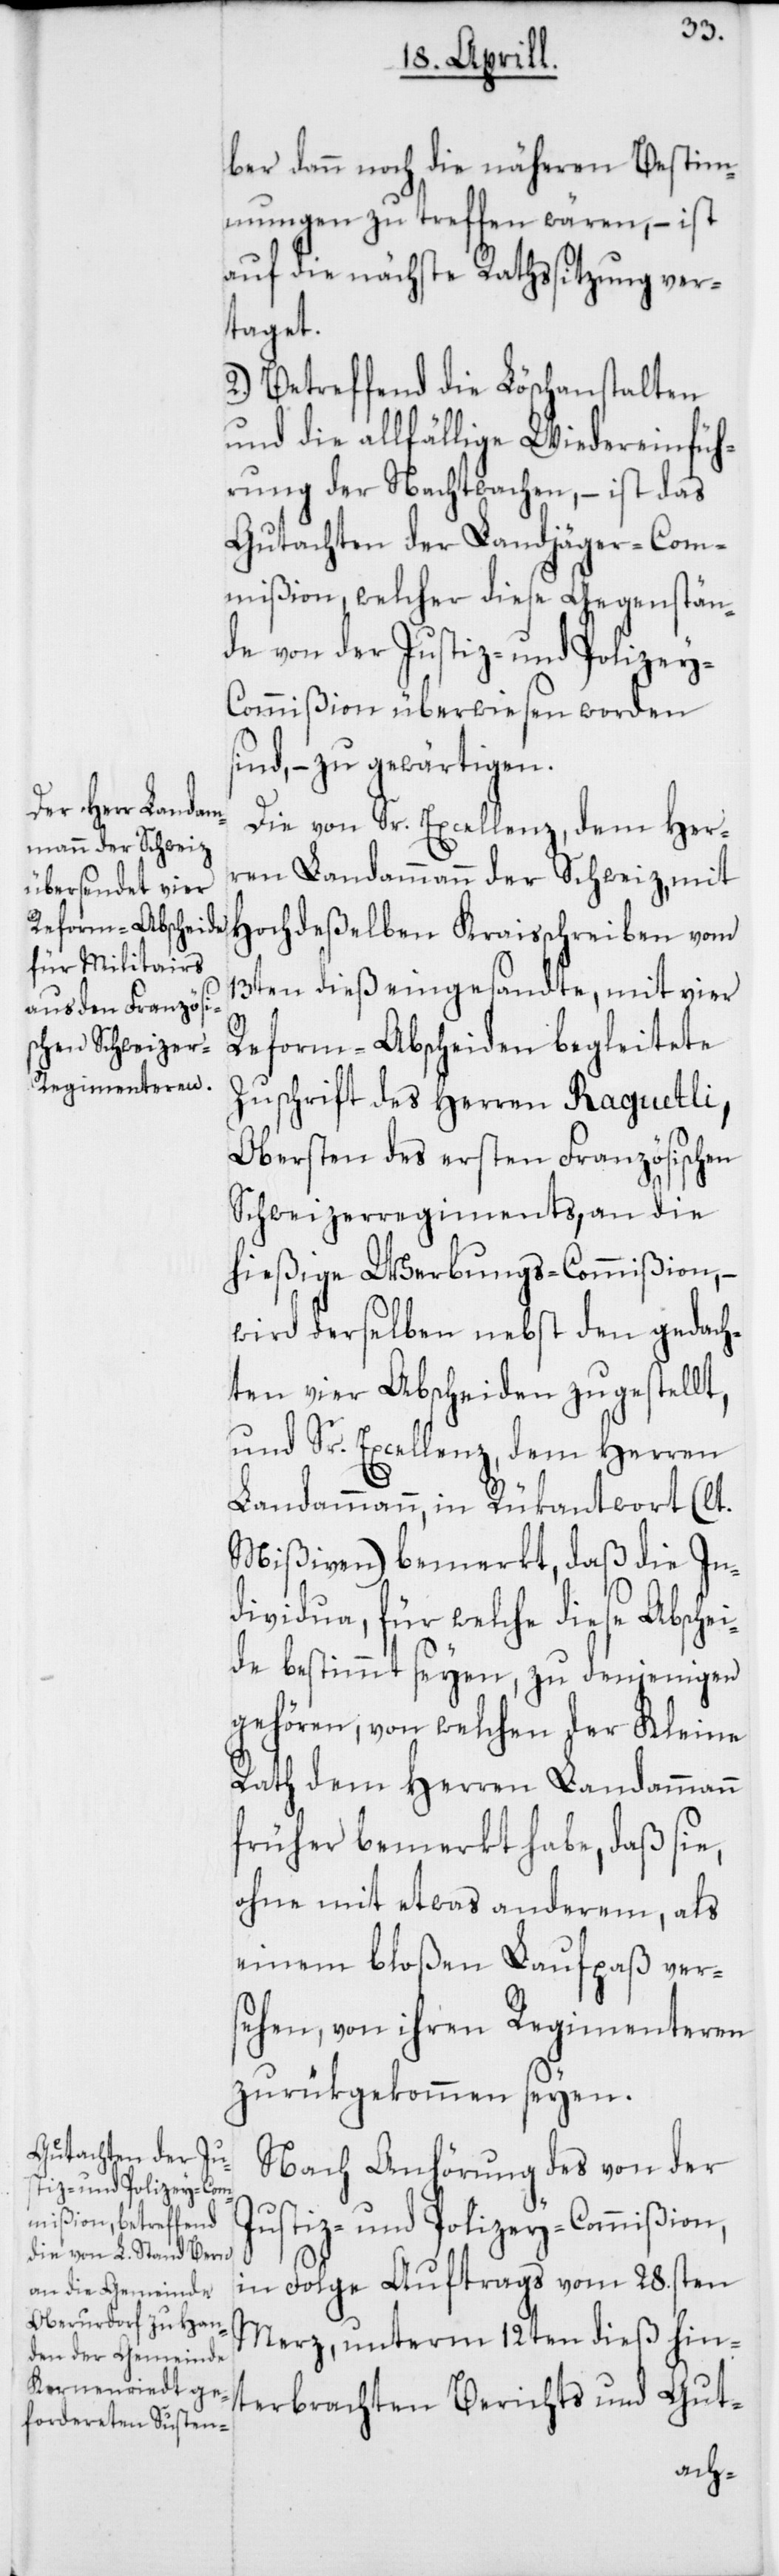
ber dann noch die näheren Bestim¬
mungen zu treffen wären, – ist
auf die nächste Rathssitzung ver¬
taget.
2.) Betreffend die Löschanstalten
und die allfällige Wiedereinfüh¬
rung der Nachtwachen, – ist das
Gutachten der Landjäger-Com¬
mißion, welcher diese Gegenstän¬
de von der Justiz- und Polizey-C¬
ommißion überwiesen worden
sind, – zu gewärtigen.
Die von Sr. Excellenz, dem Her¬
ren Landammann der Schweiz, mit
Hochdeßelben Kraisschreiben vom
13ten dieß eingesandte, mit vier
Reform-Abscheiden begleitete
Zuschrift des Herren Raguettli,
Obersten des ersten Französischen
Schweizerregiments, an die
hießige Werbungs-Commißion, –
wird derselben nebst den gedach¬
ten vier Abscheiden zugestellt,
und Sr. Excellenz, dem Herren
Landammann, in Rükantwort (lt.
Mißiven) bemerkt, daß die In¬
dividua, für welche diese Abschei¬
de bestimmt seyen, zu denjenigen
gehören, von welchen der Kleine
Rath dem Herren Landammann
früher bemerkt habe, daß sie,
ohne mit etwas anderem, als
einem bloßen Laufpaß ver¬
sehen, von ihren Regimenteren
zurükgekommen seyen.
Nach Anhörung des von der
Justiz- und Polizey-Commißion,
in Folge Auftrags vom 28sten
Merz, unterm 12ten dieß hin¬
terbrachten Berichts und Gut-